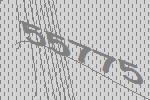
55775